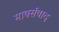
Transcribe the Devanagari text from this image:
मार्क्‍सवाद